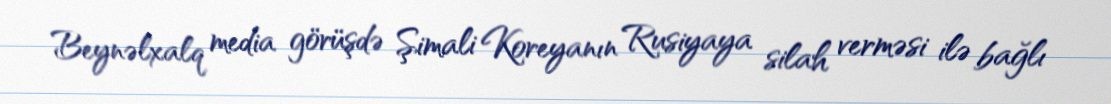
Beynəlxalq media görüşdə Şimali Koreyanın Rusiyaya silah verməsi ilə bağlı